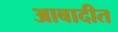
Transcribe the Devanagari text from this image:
आबादीत